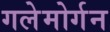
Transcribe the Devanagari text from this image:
गलेमोर्गन